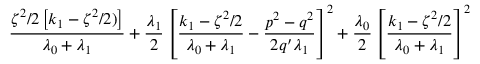
\frac { \zeta ^ { 2 } / 2 \left[ k _ { 1 } - \zeta ^ { 2 } / 2 ) \right] } { \lambda _ { 0 } + \lambda _ { 1 } } + \frac { \lambda _ { 1 } } { 2 } \left[ \frac { k _ { 1 } - \zeta ^ { 2 } / 2 } { \lambda _ { 0 } + \lambda _ { 1 } } - \frac { p ^ { 2 } - q ^ { 2 } } { 2 q ^ { \prime } \lambda _ { 1 } } \right] ^ { 2 } + \frac { \lambda _ { 0 } } { 2 } \left[ \frac { k _ { 1 } - \zeta ^ { 2 } / 2 } { \lambda _ { 0 } + \lambda _ { 1 } } \right] ^ { 2 }